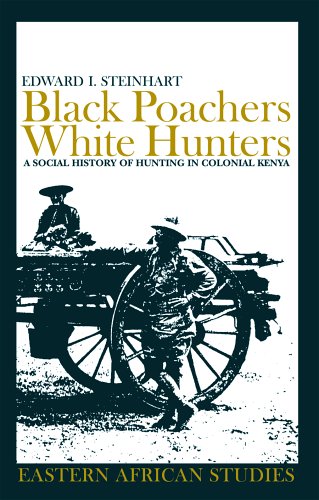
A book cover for Black Poachers, White Hunters: A Social History of Hunting in Colonial Kenya (Eastern African Studies); Edward I. Steinhart; History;